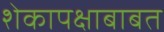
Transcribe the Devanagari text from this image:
शेकापक्षाबाबत